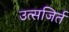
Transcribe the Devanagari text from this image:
उत्सजिर्त